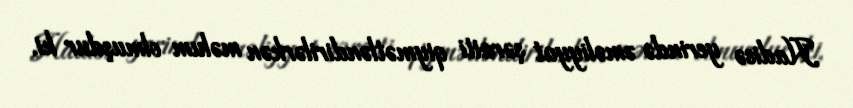
Hadisə yerində əməliyyat şəraiti qiymətləndirilərkən məlum olmuşdur ki,